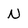
Character: N